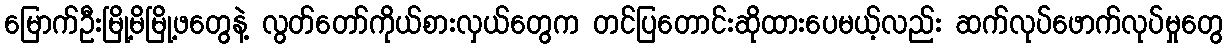
မြောက်ဦးမြို့မိမြို့ဖတွေနဲ့ လွတ်တော်ကိုယ်စားလှယ်တွေက တင်ပြတောင်းဆိုထားပေမယ့်လည်း ဆက်လုပ်ဖောက်လုပ်မှုတွေ